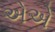
એએ